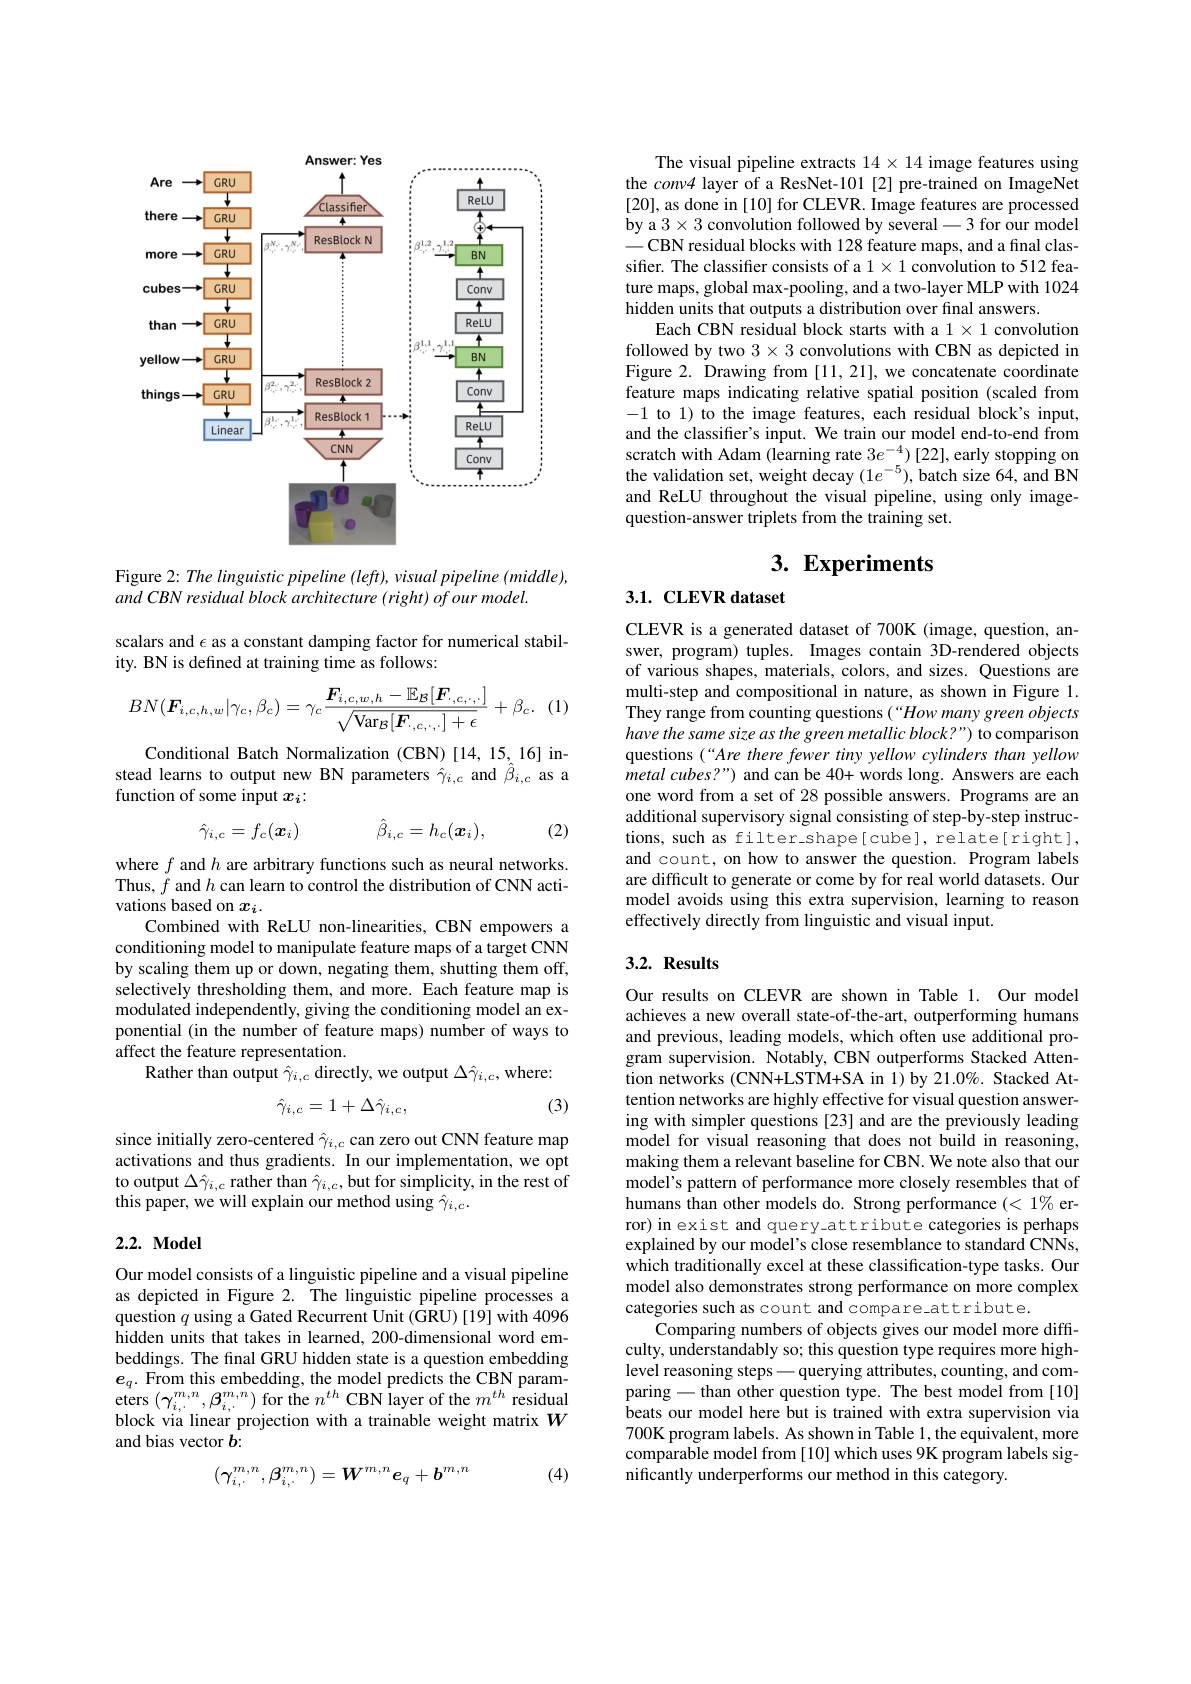
<FigureHere>

Figure 2: The linguistic pipeline (left), visual pipeline (middle),
and CBN residual block architecture (right) of our model.

scalars and $\epsilon$ as a constant damping factor for numerical stabil-
ity. BN is defined at training time as follows:

(1)
$$BN(\boldsymbol{F}_{i,c,h,w}|\gamma_{c},\beta_{c})=\gamma_{c}\frac{\boldsymbol{F}_{i,c,w,h}-\mathbb{E}_{\mathcal{B}}[\boldsymbol{F}_{\cdot,c,\cdot,\cdot}]}{\sqrt{\mathrm{Var}_{\mathcal{B}}[\boldsymbol{F}_{\cdot,c,\cdot,\cdot}]+\epsilon}}+\beta_{c}.$$
Conditional Batch Normalization (CBN)[14,15,16] instead learns to output new BN parameters $\hat{\gamma}_{i,c}$ and $\hat{\beta}_{i,c}$ as a function of some input $x_i:$
$$\hat{\gamma}_{i,c}=f_c(\boldsymbol{x}_i)\quad\hat{\beta}_{i,c}=h_c(\boldsymbol{x}_i),$$
(2)

where $f$ and $h$ are arbitrary functions such as neural networks. Thus, $f$ and $h$ can learn to control the distribution of CNN activations based on $x_i.$
Combined with ReLU non-linearities, CBN empowers a conditioning model to manipulate feature maps of a target CNN by scaling them up or down, negating them, shutting them off, selectively thresholding them, and more. Each feature map is modulated independently, giving the conditioning model an exponential (in the number of feature maps) number of ways to affect the feature representation.
Rather than output $\hat{\gamma}_{i,c}$ directly, we output $\Delta\hat{\gamma}_{i,c}$, where:
$$\hat{\gamma}_{i,c}=1+\Delta\hat{\gamma}_{i,c},$$
(3)

since initially zero-centered $\hat{\gamma}_{i,c}$ can zero out CNN feature map activations and thus gradients. In our implementation, we opt to output $\Delta\hat{\gamma}_{i,c}$ rather than $\hat{\gamma}_{i,c}$,but for simplicity, in the rest of this paper, we will explain our method using $\hat{\gamma}_{i,c}.$

### $2. 2. \textbf{Model}$

Our model consists of a linguistic pipeline and a visual pipeline as depicted in Figure 2. The linguistic pipeline processes a question $q$ using a Gated Recurrent Unit (GRU) [19] with 4096 hidden units that takes in learned, 200-dimensional word embeddings. The final GRU hidden state is a question embedding $e_q.$ From this embedding, the model predicts the CBN parameters $(\gamma_{i,\cdot}^{m,n},\beta_{i,\cdot}^{m,n})$ for the $n^th$ CBN layer of the $m^{th}$ residual block via linear projection with a trainable weight matrix $W$ and bias vector $b:$

(4)
$$(\gamma_{i,\cdot}^{m,n},\beta_{i,\cdot}^{m,n})=W^{m,n}e_q+b^{m,n}$$
The visual pipeline extracts $14\times14$ image features using the conv4 layer of a ResNet-101 [2] pre-trained on ImageNet [20], as done in [10] for CLEVR. Image features are processed by a $3\times3$ convolution followed by several-3 for our model -CBN residual blocks with 128 feature maps, and a final classifier. The classifier consists of a $1\times1$ convolution to 512 feature maps, global max-pooling, and a two-layer MLP with 1024 hidden units that outputs a distribution over final answers.
Each CBN residual block starts with a $1\times1$ convolution followed by two $3\times3$ convolutions with CBN as depicted in Figure 2. Drawing from [11,21], we concatenate coordinate feature maps indicating relative spatial position (scaled from -1 to 1) to the image features, each residual block's input, and the classifier's input. We train our model end-to-end from scratch with Adam (learning rate $3e^{-4})[22]$,early stopping on the validation set, weight decay $(1e^{-5})$, batch size 64, and BN and ReLU throughout the visual pipeline, using only imagequestion-answer triplets from the training set.

# 3. Experiments

## 3.1. CLEVR dataset

CLEVR is a generated dataset of 700K (image, question, answer, program) tuples. Images contain 3D-rendered objects of various shapes, materials, colors, and sizes. Questions are multi-step and compositional in nature, as shown in Figure 1. They range from counting questions (“How many green objects have the same size as the green metallic block?") to comparison questions (“Are there fewer tiny yellow cylinders than yellow metal cubes?") and can be 40+ words long. Answers are each one word from a set of 28 possible answers. Programs are an additional supervisory signal consisting of step-by-step instructions, such as filter-shape[cube], relate[right], and count, on how to answer the question. Program labels are difficult to generate or come by for real world datasets. Our model avoids using this extra supervision, learning to reason effectively directly from linguistic and visual input.

## 3.2. Results

Our results on CLEVR are shown in Table 1. Our model achieves a new overall state-of-the-art, outperforming humans and previous, leading models, which often use additional program supervision. $\bar{\text{Notably,CBN outperforms Stacked Atten-}}$ $\bar{\text{tion networks (CNN+LSTM+SA in 1)by 21.0\%. Stacked At-}}$ tention networks are highly effective for visual question answering with simpler questions [23] and are the previously leading model for visual reasoning that does not build in reasoning, making them a relevant baseline for CBN. We note also that our model's pattern of performance more closely resembles that of humans than other models do. Strong performance $(<1\%$ error) in exist and query-attribute categories is perhaps explained by our model's close resemblance to standard CNNs, which traditionally excel at these classification-type tasks. Our model also demonstrates strong performance on more complex categories such as count and compare\_attribute.
Comparing numbers of objects gives our model more difficulty, understandably so; this question type requires more highlevel reasoning steps -querying attributes, counting, and comparing-than other question type. The best model from[10] beats our model here but is trained with extra supervision via 700K program labels. As shown in Table 1, the equivalent, more comparable model from [10] which uses 9K program labels significantly underperforms our method in this category.